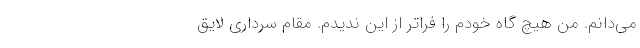
می‌دانم. من هیچ گاه خودم را فراتر از این ندیدم. مقام سرداری لایق